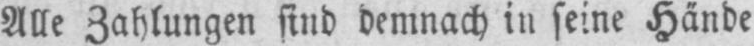
Alle Zahlungen sind demnach in seine Hände